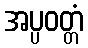
အပ္ပဝတ္တံ